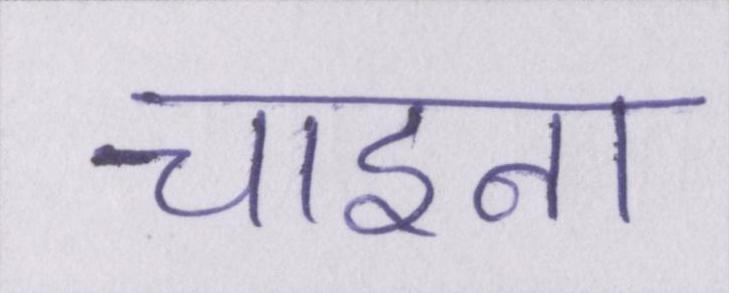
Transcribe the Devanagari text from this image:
चाइना